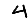
Digit: 4